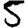
Digit: 5